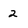
Character: 2